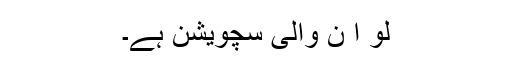
لِو اِ ن والی سچویشن ہے۔